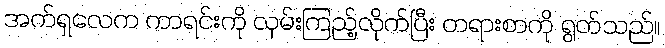
အက်ရှလေက ကာရင်းကို လှမ်းကြည့်လိုက်ပြီး တရားစာကို ရွတ်သည်။